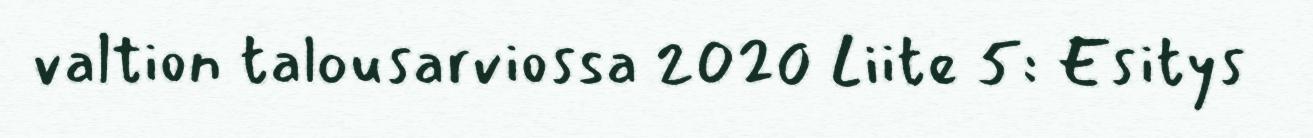
valtion talousarviossa 2020 Liite 5: Esitys